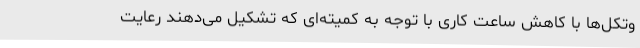
وتکل‌ها با کاهش ساعت کاری با توجه به کمیته‌ای که تشکیل می‌دهند رعایت